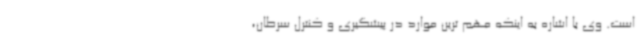
است. وی با اشاره به اینکه مهم ترین موارد در پیشگیری و کنترل سرطان،